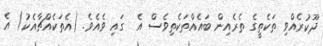
ދޫކުރެއްވި ތަކެތީގެ ތެރެއިން ބައެއްތަކެތިވެސް އެ  ގައި ވެއެވެ. (އެތަކެއްޗާއެކު) އެ